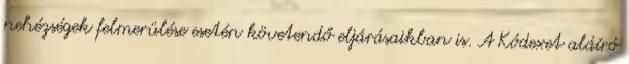
nehézségek felmerülése esetén követendő eljárásaikban is. A Kódexet aláíró